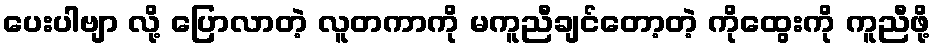
ပေးပါဗျာ လို့ ပြောလာတဲ့ လူတကာကို မကူညီချင်တော့တဲ့ ကိုထွေးကို ကူညီဖို့